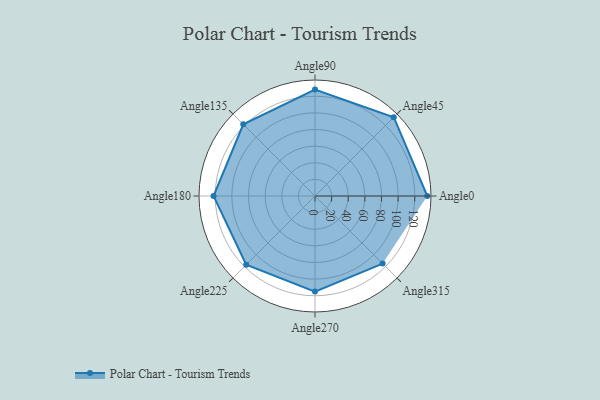
{"axis": {"x": "Angle", "y": "Radius"}, "legend": [""], "data": [{"x": "Angle0", "y": 135.0, "type": ""}, {"x": "Angle45", "y": 134.0, "type": ""}, {"x": "Angle90", "y": 128.0, "type": ""}, {"x": "Angle135", "y": 122.0, "type": ""}, {"x": "Angle180", "y": 122.0, "type": ""}, {"x": "Angle225", "y": 117.0, "type": ""}, {"x": "Angle270", "y": 115.0, "type": ""}, {"x": "Angle315", "y": 115.0, "type": ""}]}